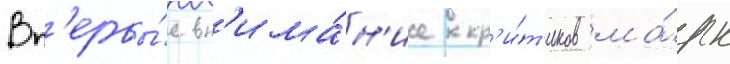
Вп'ервы́е вн'има́н'ие кр'и́т'иков ма́рк